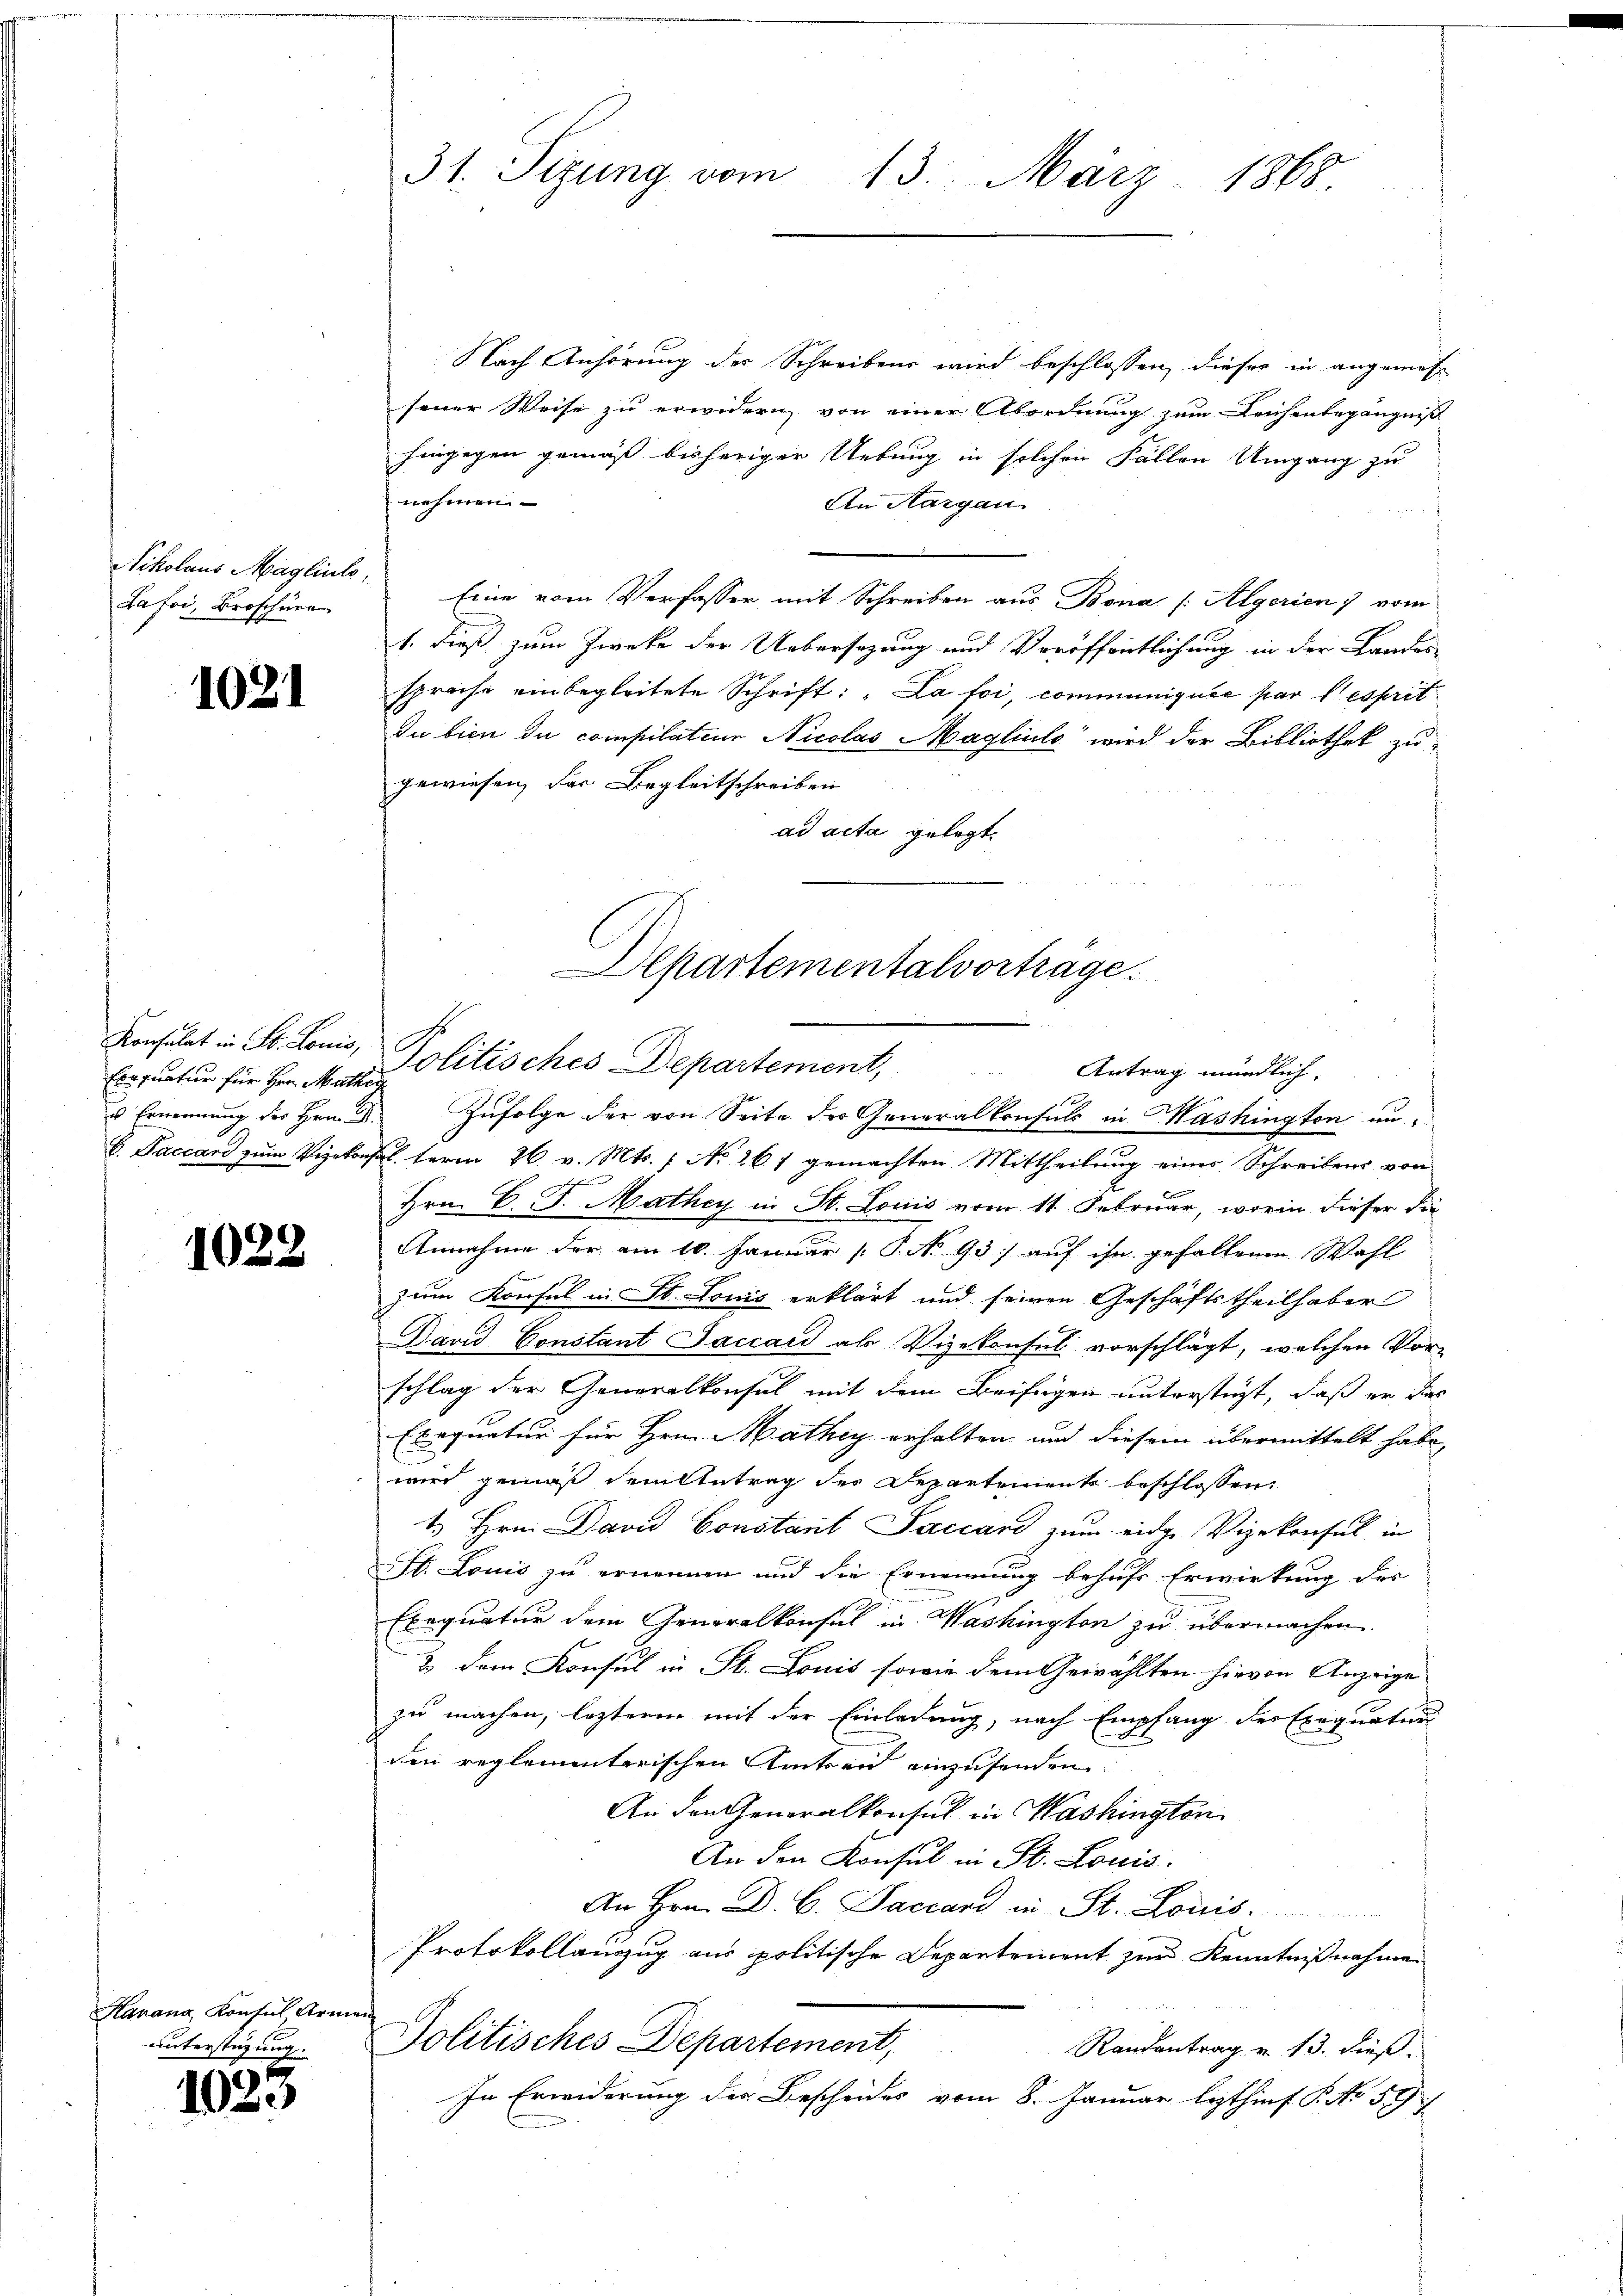
Nikolaus Maglinte,
Lafoi, Broschüre

1021

Eraquatur für Hrn. Mathen

1022

Hanana, Konsul, Armen
unterstützung

1023

31. Sizung vom
13. März
1868.

Nach Anhörung der Schreibens wird beschlossen, dieser in angemess
sener Weise zu erwidern von einer Abordnung zum Leichenbegängniß
hingegen gemäß bisheriger Uebung in solchen Fällen Umgang zu
nehmen
An Aargau
Eine vom Verfasser, mit Schreiben aus Bona [Algerien 7 vom
1. dieß zum Zwecke der Uebersezung und Veröffentlichung in der Landessprache einbegleitete Schrift: „La foi, communiquée par l’esprit
Du bien du compilation Nicolas Magliule“ wird der Bibliothek zu
gewiesen, das Begleitschreiben
ad acta gelegt.
Departementalvortrage.

Konsulat in St. Louis, Politisches Departement,
Antrag mündlich,
u Ernennung des Hrn. B. Zŭfolge der von Seite des Generalkonsuls in Mashington an¬

b. Baccard zum Vizekonst term 26. v. Mts. 1 No 261 gemachten Mittheilung eines Schreibens von
Hrn. B. G. Mathey in St. Louis vom 11. Februar, worin dieser die
Annahme der am 10. Januar [ P. Nr. 93) auf ihn gefallenen Wahl
zum Konsul in St. Louis erklärt und seinen Geschäftstheilhaber
David Constant Jaccard als Vizekonsul vorschlägt, welchen Vor-
schlag der Generalkonsul mit dem Beifügen unterstüzt, daß er das
Exequatur für Hrn. Mathey erhalten und diesem übermittelt habe,
wird gemäß drittetrag des Departement beschlossen:
1. Hrn. David Constant Saccard zum eidge Vizekonsul in
St. Louis zu ernennen und die Ernennung behufs Erwirkung des
.
Exequatur dem Generalkonsul in Washington zu übermachen.
& dem Konsul in St. Louis sowie dem Gewählten hievon Anzeige
zu machen, lezteren mit der Einladung, nach Empfang des Exequaten
den reglementarischen Amtsen einzusenden
An den Generalkonsul in Washington
An den Konsul in St. Louis.
An Hrn. Dr. C. Saccand in St. Louis
Protokollauszug aus politische Departement zur Kenntnißnahmen
Politisches Departement,
Randantrag v. 13. dieß.
In Erwiderung der Bescheides vom 8. Januar lezthinf P. No 59